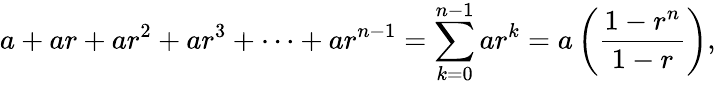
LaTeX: a+ar+ar^{2}+ar^{3}+\cdots+ar^{n-1}=\sum_{k=0}^{n-1}ar^{k}=a\left({\frac{1-r^{n}}{1-r}}\right),